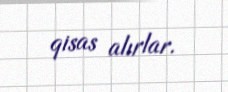
qisas alırlar.